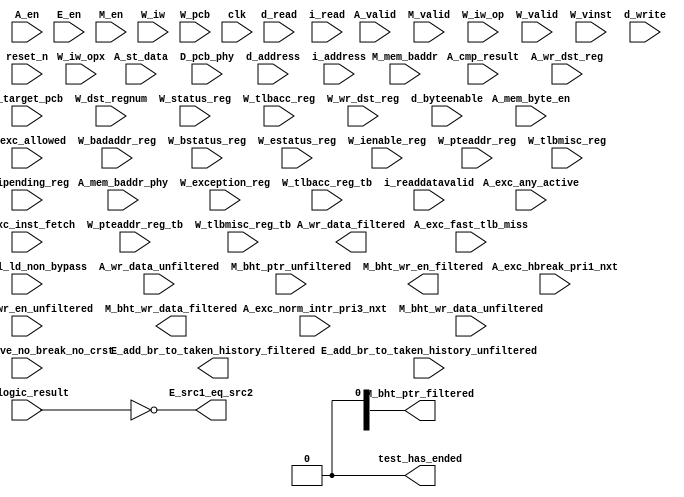
//Legal Notice: (C)2013 Altera Corporation. All rights reserved.  Your
//use of Altera Corporation's design tools, logic functions and other
//software and tools, and its AMPP partner logic functions, and any
//output files any of the foregoing (including device programming or
//simulation files), and any associated documentation or information are
//expressly subject to the terms and conditions of the Altera Program
//License Subscription Agreement or other applicable license agreement,
//including, without limitation, that your use is for the sole purpose
//of programming logic devices manufactured by Altera and sold by Altera
//or its authorized distributors.  Please refer to the applicable
//agreement for further details.

// synthesis translate_off
`timescale 1ns / 1ps
// synthesis translate_on

// turn off superfluous verilog processor warnings 
// altera message_level Level1 
// altera message_off 10034 10035 10036 10037 10230 10240 10030 

module qsys_cpu_test_bench (
                             // inputs:
                              A_cmp_result,
                              A_ctrl_ld_non_bypass,
                              A_en,
                              A_exc_active_no_break_no_crst,
                              A_exc_any_active,
                              A_exc_fast_tlb_miss,
                              A_exc_hbreak_pri1_nxt,
                              A_exc_inst_fetch,
                              A_exc_norm_intr_pri3_nxt,
                              A_mem_baddr_phy,
                              A_mem_byte_en,
                              A_st_data,
                              A_valid,
                              A_wr_data_unfiltered,
                              A_wr_dst_reg,
                              D_pcb_phy,
                              E_add_br_to_taken_history_unfiltered,
                              E_en,
                              E_logic_result,
                              M_bht_ptr_unfiltered,
                              M_bht_wr_data_unfiltered,
                              M_bht_wr_en_unfiltered,
                              M_en,
                              M_exc_allowed,
                              M_mem_baddr,
                              M_target_pcb,
                              M_valid,
                              W_badaddr_reg,
                              W_bstatus_reg,
                              W_dst_regnum,
                              W_estatus_reg,
                              W_exception_reg,
                              W_ienable_reg,
                              W_ipending_reg,
                              W_iw,
                              W_iw_op,
                              W_iw_opx,
                              W_pcb,
                              W_pteaddr_reg,
                              W_pteaddr_reg_tb,
                              W_status_reg,
                              W_tlbacc_reg,
                              W_tlbacc_reg_tb,
                              W_tlbmisc_reg,
                              W_tlbmisc_reg_tb,
                              W_valid,
                              W_vinst,
                              W_wr_dst_reg,
                              clk,
                              d_address,
                              d_byteenable,
                              d_read,
                              d_write,
                              i_address,
                              i_read,
                              i_readdatavalid,
                              reset_n,

                             // outputs:
                              A_wr_data_filtered,
                              E_add_br_to_taken_history_filtered,
                              E_src1_eq_src2,
                              M_bht_ptr_filtered,
                              M_bht_wr_data_filtered,
                              M_bht_wr_en_filtered,
                              test_has_ended
                           )
;

  output  [ 31: 0] A_wr_data_filtered;
  output           E_add_br_to_taken_history_filtered;
  output           E_src1_eq_src2;
  output  [  7: 0] M_bht_ptr_filtered;
  output  [  1: 0] M_bht_wr_data_filtered;
  output           M_bht_wr_en_filtered;
  output           test_has_ended;
  input            A_cmp_result;
  input            A_ctrl_ld_non_bypass;
  input            A_en;
  input            A_exc_active_no_break_no_crst;
  input            A_exc_any_active;
  input            A_exc_fast_tlb_miss;
  input            A_exc_hbreak_pri1_nxt;
  input            A_exc_inst_fetch;
  input            A_exc_norm_intr_pri3_nxt;
  input   [ 27: 0] A_mem_baddr_phy;
  input   [  3: 0] A_mem_byte_en;
  input   [ 31: 0] A_st_data;
  input            A_valid;
  input   [ 31: 0] A_wr_data_unfiltered;
  input            A_wr_dst_reg;
  input   [ 27: 0] D_pcb_phy;
  input            E_add_br_to_taken_history_unfiltered;
  input            E_en;
  input   [ 31: 0] E_logic_result;
  input   [  7: 0] M_bht_ptr_unfiltered;
  input   [  1: 0] M_bht_wr_data_unfiltered;
  input            M_bht_wr_en_unfiltered;
  input            M_en;
  input            M_exc_allowed;
  input   [ 31: 0] M_mem_baddr;
  input   [ 31: 0] M_target_pcb;
  input            M_valid;
  input   [ 31: 0] W_badaddr_reg;
  input   [ 31: 0] W_bstatus_reg;
  input   [  4: 0] W_dst_regnum;
  input   [ 31: 0] W_estatus_reg;
  input   [ 31: 0] W_exception_reg;
  input   [ 31: 0] W_ienable_reg;
  input   [ 31: 0] W_ipending_reg;
  input   [ 31: 0] W_iw;
  input   [  5: 0] W_iw_op;
  input   [  5: 0] W_iw_opx;
  input   [ 31: 0] W_pcb;
  input   [ 31: 0] W_pteaddr_reg;
  input   [ 31: 0] W_pteaddr_reg_tb;
  input   [ 31: 0] W_status_reg;
  input   [ 31: 0] W_tlbacc_reg;
  input   [ 31: 0] W_tlbacc_reg_tb;
  input   [ 31: 0] W_tlbmisc_reg;
  input   [ 31: 0] W_tlbmisc_reg_tb;
  input            W_valid;
  input   [ 55: 0] W_vinst;
  input            W_wr_dst_reg;
  input            clk;
  input   [ 27: 0] d_address;
  input   [  3: 0] d_byteenable;
  input            d_read;
  input            d_write;
  input   [ 27: 0] i_address;
  input            i_read;
  input            i_readdatavalid;
  input            reset_n;

  wire             A_iw_invalid;
  reg     [ 31: 0] A_mem_baddr;
  reg     [ 27: 0] A_pcb_phy;
  reg     [ 31: 0] A_target_pcb;
  reg              A_valid_crst;
  reg              A_valid_hbreak;
  reg              A_valid_intr;
  wire    [ 31: 0] A_wr_data_filtered;
  wire             A_wr_data_unfiltered_0_is_x;
  wire             A_wr_data_unfiltered_10_is_x;
  wire             A_wr_data_unfiltered_11_is_x;
  wire             A_wr_data_unfiltered_12_is_x;
  wire             A_wr_data_unfiltered_13_is_x;
  wire             A_wr_data_unfiltered_14_is_x;
  wire             A_wr_data_unfiltered_15_is_x;
  wire             A_wr_data_unfiltered_16_is_x;
  wire             A_wr_data_unfiltered_17_is_x;
  wire             A_wr_data_unfiltered_18_is_x;
  wire             A_wr_data_unfiltered_19_is_x;
  wire             A_wr_data_unfiltered_1_is_x;
  wire             A_wr_data_unfiltered_20_is_x;
  wire             A_wr_data_unfiltered_21_is_x;
  wire             A_wr_data_unfiltered_22_is_x;
  wire             A_wr_data_unfiltered_23_is_x;
  wire             A_wr_data_unfiltered_24_is_x;
  wire             A_wr_data_unfiltered_25_is_x;
  wire             A_wr_data_unfiltered_26_is_x;
  wire             A_wr_data_unfiltered_27_is_x;
  wire             A_wr_data_unfiltered_28_is_x;
  wire             A_wr_data_unfiltered_29_is_x;
  wire             A_wr_data_unfiltered_2_is_x;
  wire             A_wr_data_unfiltered_30_is_x;
  wire             A_wr_data_unfiltered_31_is_x;
  wire             A_wr_data_unfiltered_3_is_x;
  wire             A_wr_data_unfiltered_4_is_x;
  wire             A_wr_data_unfiltered_5_is_x;
  wire             A_wr_data_unfiltered_6_is_x;
  wire             A_wr_data_unfiltered_7_is_x;
  wire             A_wr_data_unfiltered_8_is_x;
  wire             A_wr_data_unfiltered_9_is_x;
  wire             E_add_br_to_taken_history_filtered;
  wire             E_add_br_to_taken_history_unfiltered_is_x;
  reg     [ 27: 0] E_pcb_phy /* synthesis ALTERA_IP_DEBUG_VISIBLE = 1 */;
  wire             E_src1_eq_src2;
  wire    [  7: 0] M_bht_ptr_filtered;
  wire             M_bht_ptr_unfiltered_0_is_x;
  wire             M_bht_ptr_unfiltered_1_is_x;
  wire             M_bht_ptr_unfiltered_2_is_x;
  wire             M_bht_ptr_unfiltered_3_is_x;
  wire             M_bht_ptr_unfiltered_4_is_x;
  wire             M_bht_ptr_unfiltered_5_is_x;
  wire             M_bht_ptr_unfiltered_6_is_x;
  wire             M_bht_ptr_unfiltered_7_is_x;
  wire    [  1: 0] M_bht_wr_data_filtered;
  wire             M_bht_wr_data_unfiltered_0_is_x;
  wire             M_bht_wr_data_unfiltered_1_is_x;
  wire             M_bht_wr_en_filtered;
  wire             M_bht_wr_en_unfiltered_is_x;
  reg     [ 27: 0] M_pcb_phy;
  reg              W_cmp_result;
  reg              W_exc_any_active;
  reg              W_exc_fast_tlb_miss;
  reg              W_iw_invalid;
  reg     [ 31: 0] W_mem_baddr;
  reg     [ 27: 0] W_mem_baddr_phy;
  reg     [  3: 0] W_mem_byte_en;
  wire             W_op_add;
  wire             W_op_addi;
  wire             W_op_and;
  wire             W_op_andhi;
  wire             W_op_andi;
  wire             W_op_beq;
  wire             W_op_bge;
  wire             W_op_bgeu;
  wire             W_op_blt;
  wire             W_op_bltu;
  wire             W_op_bne;
  wire             W_op_br;
  wire             W_op_break;
  wire             W_op_bret;
  wire             W_op_call;
  wire             W_op_callr;
  wire             W_op_cmpeq;
  wire             W_op_cmpeqi;
  wire             W_op_cmpge;
  wire             W_op_cmpgei;
  wire             W_op_cmpgeu;
  wire             W_op_cmpgeui;
  wire             W_op_cmplt;
  wire             W_op_cmplti;
  wire             W_op_cmpltu;
  wire             W_op_cmpltui;
  wire             W_op_cmpne;
  wire             W_op_cmpnei;
  wire             W_op_crst;
  wire             W_op_custom;
  wire             W_op_div;
  wire             W_op_divu;
  wire             W_op_eret;
  wire             W_op_flushd;
  wire             W_op_flushda;
  wire             W_op_flushi;
  wire             W_op_flushp;
  wire             W_op_hbreak;
  wire             W_op_initd;
  wire             W_op_initda;
  wire             W_op_initi;
  wire             W_op_intr;
  wire             W_op_jmp;
  wire             W_op_jmpi;
  wire             W_op_ldb;
  wire             W_op_ldbio;
  wire             W_op_ldbu;
  wire             W_op_ldbuio;
  wire             W_op_ldh;
  wire             W_op_ldhio;
  wire             W_op_ldhu;
  wire             W_op_ldhuio;
  wire             W_op_ldl;
  wire             W_op_ldw;
  wire             W_op_ldwio;
  wire             W_op_mul;
  wire             W_op_muli;
  wire             W_op_mulxss;
  wire             W_op_mulxsu;
  wire             W_op_mulxuu;
  wire             W_op_nextpc;
  wire             W_op_nor;
  wire             W_op_opx;
  wire             W_op_or;
  wire             W_op_orhi;
  wire             W_op_ori;
  wire             W_op_rdctl;
  wire             W_op_rdprs;
  wire             W_op_ret;
  wire             W_op_rol;
  wire             W_op_roli;
  wire             W_op_ror;
  wire             W_op_rsv02;
  wire             W_op_rsv09;
  wire             W_op_rsv10;
  wire             W_op_rsv17;
  wire             W_op_rsv18;
  wire             W_op_rsv25;
  wire             W_op_rsv26;
  wire             W_op_rsv33;
  wire             W_op_rsv34;
  wire             W_op_rsv41;
  wire             W_op_rsv42;
  wire             W_op_rsv49;
  wire             W_op_rsv57;
  wire             W_op_rsv61;
  wire             W_op_rsv62;
  wire             W_op_rsv63;
  wire             W_op_rsvx00;
  wire             W_op_rsvx10;
  wire             W_op_rsvx15;
  wire             W_op_rsvx17;
  wire             W_op_rsvx21;
  wire             W_op_rsvx25;
  wire             W_op_rsvx33;
  wire             W_op_rsvx34;
  wire             W_op_rsvx35;
  wire             W_op_rsvx42;
  wire             W_op_rsvx43;
  wire             W_op_rsvx44;
  wire             W_op_rsvx47;
  wire             W_op_rsvx50;
  wire             W_op_rsvx51;
  wire             W_op_rsvx55;
  wire             W_op_rsvx56;
  wire             W_op_rsvx60;
  wire             W_op_rsvx63;
  wire             W_op_sll;
  wire             W_op_slli;
  wire             W_op_sra;
  wire             W_op_srai;
  wire             W_op_srl;
  wire             W_op_srli;
  wire             W_op_stb;
  wire             W_op_stbio;
  wire             W_op_stc;
  wire             W_op_sth;
  wire             W_op_sthio;
  wire             W_op_stw;
  wire             W_op_stwio;
  wire             W_op_sub;
  wire             W_op_sync;
  wire             W_op_trap;
  wire             W_op_wrctl;
  wire             W_op_wrprs;
  wire             W_op_xor;
  wire             W_op_xorhi;
  wire             W_op_xori;
  reg     [ 27: 0] W_pcb_phy;
  reg     [ 31: 0] W_st_data;
  reg     [ 31: 0] W_target_pcb;
  reg              W_valid_crst;
  reg              W_valid_exception_no_intr;
  reg              W_valid_hbreak;
  reg              W_valid_intr;
  reg     [ 31: 0] W_wr_data_filtered;
  wire             test_has_ended;
  assign W_op_call = W_iw_op == 0;
  assign W_op_jmpi = W_iw_op == 1;
  assign W_op_ldbu = W_iw_op == 3;
  assign W_op_addi = W_iw_op == 4;
  assign W_op_stb = W_iw_op == 5;
  assign W_op_br = W_iw_op == 6;
  assign W_op_ldb = W_iw_op == 7;
  assign W_op_cmpgei = W_iw_op == 8;
  assign W_op_ldhu = W_iw_op == 11;
  assign W_op_andi = W_iw_op == 12;
  assign W_op_sth = W_iw_op == 13;
  assign W_op_bge = W_iw_op == 14;
  assign W_op_ldh = W_iw_op == 15;
  assign W_op_cmplti = W_iw_op == 16;
  assign W_op_initda = W_iw_op == 19;
  assign W_op_ori = W_iw_op == 20;
  assign W_op_stw = W_iw_op == 21;
  assign W_op_blt = W_iw_op == 22;
  assign W_op_ldw = W_iw_op == 23;
  assign W_op_cmpnei = W_iw_op == 24;
  assign W_op_flushda = W_iw_op == 27;
  assign W_op_xori = W_iw_op == 28;
  assign W_op_stc = W_iw_op == 29;
  assign W_op_bne = W_iw_op == 30;
  assign W_op_ldl = W_iw_op == 31;
  assign W_op_cmpeqi = W_iw_op == 32;
  assign W_op_ldbuio = W_iw_op == 35;
  assign W_op_muli = W_iw_op == 36;
  assign W_op_stbio = W_iw_op == 37;
  assign W_op_beq = W_iw_op == 38;
  assign W_op_ldbio = W_iw_op == 39;
  assign W_op_cmpgeui = W_iw_op == 40;
  assign W_op_ldhuio = W_iw_op == 43;
  assign W_op_andhi = W_iw_op == 44;
  assign W_op_sthio = W_iw_op == 45;
  assign W_op_bgeu = W_iw_op == 46;
  assign W_op_ldhio = W_iw_op == 47;
  assign W_op_cmpltui = W_iw_op == 48;
  assign W_op_initd = W_iw_op == 51;
  assign W_op_orhi = W_iw_op == 52;
  assign W_op_stwio = W_iw_op == 53;
  assign W_op_bltu = W_iw_op == 54;
  assign W_op_ldwio = W_iw_op == 55;
  assign W_op_rdprs = W_iw_op == 56;
  assign W_op_flushd = W_iw_op == 59;
  assign W_op_xorhi = W_iw_op == 60;
  assign W_op_rsv02 = W_iw_op == 2;
  assign W_op_rsv09 = W_iw_op == 9;
  assign W_op_rsv10 = W_iw_op == 10;
  assign W_op_rsv17 = W_iw_op == 17;
  assign W_op_rsv18 = W_iw_op == 18;
  assign W_op_rsv25 = W_iw_op == 25;
  assign W_op_rsv26 = W_iw_op == 26;
  assign W_op_rsv33 = W_iw_op == 33;
  assign W_op_rsv34 = W_iw_op == 34;
  assign W_op_rsv41 = W_iw_op == 41;
  assign W_op_rsv42 = W_iw_op == 42;
  assign W_op_rsv49 = W_iw_op == 49;
  assign W_op_rsv57 = W_iw_op == 57;
  assign W_op_rsv61 = W_iw_op == 61;
  assign W_op_rsv62 = W_iw_op == 62;
  assign W_op_rsv63 = W_iw_op == 63;
  assign W_op_eret = W_op_opx & (W_iw_opx == 1);
  assign W_op_roli = W_op_opx & (W_iw_opx == 2);
  assign W_op_rol = W_op_opx & (W_iw_opx == 3);
  assign W_op_flushp = W_op_opx & (W_iw_opx == 4);
  assign W_op_ret = W_op_opx & (W_iw_opx == 5);
  assign W_op_nor = W_op_opx & (W_iw_opx == 6);
  assign W_op_mulxuu = W_op_opx & (W_iw_opx == 7);
  assign W_op_cmpge = W_op_opx & (W_iw_opx == 8);
  assign W_op_bret = W_op_opx & (W_iw_opx == 9);
  assign W_op_ror = W_op_opx & (W_iw_opx == 11);
  assign W_op_flushi = W_op_opx & (W_iw_opx == 12);
  assign W_op_jmp = W_op_opx & (W_iw_opx == 13);
  assign W_op_and = W_op_opx & (W_iw_opx == 14);
  assign W_op_cmplt = W_op_opx & (W_iw_opx == 16);
  assign W_op_slli = W_op_opx & (W_iw_opx == 18);
  assign W_op_sll = W_op_opx & (W_iw_opx == 19);
  assign W_op_wrprs = W_op_opx & (W_iw_opx == 20);
  assign W_op_or = W_op_opx & (W_iw_opx == 22);
  assign W_op_mulxsu = W_op_opx & (W_iw_opx == 23);
  assign W_op_cmpne = W_op_opx & (W_iw_opx == 24);
  assign W_op_srli = W_op_opx & (W_iw_opx == 26);
  assign W_op_srl = W_op_opx & (W_iw_opx == 27);
  assign W_op_nextpc = W_op_opx & (W_iw_opx == 28);
  assign W_op_callr = W_op_opx & (W_iw_opx == 29);
  assign W_op_xor = W_op_opx & (W_iw_opx == 30);
  assign W_op_mulxss = W_op_opx & (W_iw_opx == 31);
  assign W_op_cmpeq = W_op_opx & (W_iw_opx == 32);
  assign W_op_divu = W_op_opx & (W_iw_opx == 36);
  assign W_op_div = W_op_opx & (W_iw_opx == 37);
  assign W_op_rdctl = W_op_opx & (W_iw_opx == 38);
  assign W_op_mul = W_op_opx & (W_iw_opx == 39);
  assign W_op_cmpgeu = W_op_opx & (W_iw_opx == 40);
  assign W_op_initi = W_op_opx & (W_iw_opx == 41);
  assign W_op_trap = W_op_opx & (W_iw_opx == 45);
  assign W_op_wrctl = W_op_opx & (W_iw_opx == 46);
  assign W_op_cmpltu = W_op_opx & (W_iw_opx == 48);
  assign W_op_add = W_op_opx & (W_iw_opx == 49);
  assign W_op_break = W_op_opx & (W_iw_opx == 52);
  assign W_op_hbreak = W_op_opx & (W_iw_opx == 53);
  assign W_op_sync = W_op_opx & (W_iw_opx == 54);
  assign W_op_sub = W_op_opx & (W_iw_opx == 57);
  assign W_op_srai = W_op_opx & (W_iw_opx == 58);
  assign W_op_sra = W_op_opx & (W_iw_opx == 59);
  assign W_op_intr = W_op_opx & (W_iw_opx == 61);
  assign W_op_crst = W_op_opx & (W_iw_opx == 62);
  assign W_op_rsvx00 = W_op_opx & (W_iw_opx == 0);
  assign W_op_rsvx10 = W_op_opx & (W_iw_opx == 10);
  assign W_op_rsvx15 = W_op_opx & (W_iw_opx == 15);
  assign W_op_rsvx17 = W_op_opx & (W_iw_opx == 17);
  assign W_op_rsvx21 = W_op_opx & (W_iw_opx == 21);
  assign W_op_rsvx25 = W_op_opx & (W_iw_opx == 25);
  assign W_op_rsvx33 = W_op_opx & (W_iw_opx == 33);
  assign W_op_rsvx34 = W_op_opx & (W_iw_opx == 34);
  assign W_op_rsvx35 = W_op_opx & (W_iw_opx == 35);
  assign W_op_rsvx42 = W_op_opx & (W_iw_opx == 42);
  assign W_op_rsvx43 = W_op_opx & (W_iw_opx == 43);
  assign W_op_rsvx44 = W_op_opx & (W_iw_opx == 44);
  assign W_op_rsvx47 = W_op_opx & (W_iw_opx == 47);
  assign W_op_rsvx50 = W_op_opx & (W_iw_opx == 50);
  assign W_op_rsvx51 = W_op_opx & (W_iw_opx == 51);
  assign W_op_rsvx55 = W_op_opx & (W_iw_opx == 55);
  assign W_op_rsvx56 = W_op_opx & (W_iw_opx == 56);
  assign W_op_rsvx60 = W_op_opx & (W_iw_opx == 60);
  assign W_op_rsvx63 = W_op_opx & (W_iw_opx == 63);
  assign W_op_opx = W_iw_op == 58;
  assign W_op_custom = W_iw_op == 50;
  assign A_iw_invalid = A_exc_inst_fetch & A_exc_active_no_break_no_crst;
  always @(posedge clk or negedge reset_n)
    begin
      if (reset_n == 0)
          W_iw_invalid <= 0;
      else 
        W_iw_invalid <= A_iw_invalid;
    end


  always @(posedge clk or negedge reset_n)
    begin
      if (reset_n == 0)
          A_target_pcb <= 0;
      else if (A_en)
          A_target_pcb <= M_target_pcb;
    end


  always @(posedge clk or negedge reset_n)
    begin
      if (reset_n == 0)
          A_mem_baddr <= 0;
      else if (A_en)
          A_mem_baddr <= M_mem_baddr;
    end


  always @(posedge clk or negedge reset_n)
    begin
      if (reset_n == 0)
          W_wr_data_filtered <= 0;
      else 
        W_wr_data_filtered <= A_wr_data_filtered;
    end


  always @(posedge clk or negedge reset_n)
    begin
      if (reset_n == 0)
          W_mem_baddr <= 0;
      else 
        W_mem_baddr <= A_mem_baddr;
    end


  always @(posedge clk or negedge reset_n)
    begin
      if (reset_n == 0)
          W_st_data <= 0;
      else 
        W_st_data <= A_st_data;
    end


  always @(posedge clk or negedge reset_n)
    begin
      if (reset_n == 0)
          W_mem_byte_en <= 0;
      else 
        W_mem_byte_en <= A_mem_byte_en;
    end


  always @(posedge clk or negedge reset_n)
    begin
      if (reset_n == 0)
          W_cmp_result <= 0;
      else 
        W_cmp_result <= A_cmp_result;
    end


  always @(posedge clk or negedge reset_n)
    begin
      if (reset_n == 0)
          W_target_pcb <= 0;
      else 
        W_target_pcb <= A_target_pcb;
    end


  always @(posedge clk or negedge reset_n)
    begin
      if (reset_n == 0)
          A_valid_hbreak <= 0;
      else if (A_en)
          A_valid_hbreak <= M_exc_allowed & A_exc_hbreak_pri1_nxt;
    end


  always @(posedge clk or negedge reset_n)
    begin
      if (reset_n == 0)
          W_valid_hbreak <= 0;
      else 
        W_valid_hbreak <= A_valid_hbreak;
    end


  always @(posedge clk or negedge reset_n)
    begin
      if (reset_n == 0)
          A_valid_crst <= 0;
      else if (A_en)
          A_valid_crst <= M_exc_allowed & 0;
    end


  always @(posedge clk or negedge reset_n)
    begin
      if (reset_n == 0)
          W_valid_crst <= 0;
      else 
        W_valid_crst <= A_valid_crst;
    end


  always @(posedge clk or negedge reset_n)
    begin
      if (reset_n == 0)
          A_valid_intr <= 0;
      else if (A_en)
          A_valid_intr <= M_exc_allowed & A_exc_norm_intr_pri3_nxt;
    end


  always @(posedge clk or negedge reset_n)
    begin
      if (reset_n == 0)
          W_valid_intr <= 0;
      else 
        W_valid_intr <= A_valid_intr;
    end


  always @(posedge clk or negedge reset_n)
    begin
      if (reset_n == 0)
          W_valid_exception_no_intr <= 0;
      else 
        W_valid_exception_no_intr <= A_exc_active_no_break_no_crst & ~A_valid_intr;
    end


  always @(posedge clk or negedge reset_n)
    begin
      if (reset_n == 0)
          W_exc_any_active <= 0;
      else 
        W_exc_any_active <= A_exc_any_active;
    end


  always @(posedge clk or negedge reset_n)
    begin
      if (reset_n == 0)
          E_pcb_phy <= 0;
      else if (E_en)
          E_pcb_phy <= D_pcb_phy;
    end


  always @(posedge clk or negedge reset_n)
    begin
      if (reset_n == 0)
          M_pcb_phy <= 0;
      else if (M_en)
          M_pcb_phy <= E_pcb_phy;
    end


  always @(posedge clk or negedge reset_n)
    begin
      if (reset_n == 0)
          A_pcb_phy <= 0;
      else if (A_en)
          A_pcb_phy <= M_pcb_phy;
    end


  always @(posedge clk or negedge reset_n)
    begin
      if (reset_n == 0)
          W_pcb_phy <= 0;
      else 
        W_pcb_phy <= A_pcb_phy;
    end


  always @(posedge clk or negedge reset_n)
    begin
      if (reset_n == 0)
          W_exc_fast_tlb_miss <= 0;
      else 
        W_exc_fast_tlb_miss <= A_exc_fast_tlb_miss;
    end


  always @(posedge clk or negedge reset_n)
    begin
      if (reset_n == 0)
          W_mem_baddr_phy <= 0;
      else 
        W_mem_baddr_phy <= A_mem_baddr_phy;
    end


  assign E_src1_eq_src2 = E_logic_result == 0;
  assign test_has_ended = 1'b0;

//synthesis translate_off
//////////////// SIMULATION-ONLY CONTENTS
  //Clearing 'X' data bits
  assign A_wr_data_unfiltered_0_is_x = ^(A_wr_data_unfiltered[0]) === 1'bx;

  assign A_wr_data_filtered[0] = (A_wr_data_unfiltered_0_is_x & (A_ctrl_ld_non_bypass)) ? 1'b0 : A_wr_data_unfiltered[0];
  assign A_wr_data_unfiltered_1_is_x = ^(A_wr_data_unfiltered[1]) === 1'bx;
  assign A_wr_data_filtered[1] = (A_wr_data_unfiltered_1_is_x & (A_ctrl_ld_non_bypass)) ? 1'b0 : A_wr_data_unfiltered[1];
  assign A_wr_data_unfiltered_2_is_x = ^(A_wr_data_unfiltered[2]) === 1'bx;
  assign A_wr_data_filtered[2] = (A_wr_data_unfiltered_2_is_x & (A_ctrl_ld_non_bypass)) ? 1'b0 : A_wr_data_unfiltered[2];
  assign A_wr_data_unfiltered_3_is_x = ^(A_wr_data_unfiltered[3]) === 1'bx;
  assign A_wr_data_filtered[3] = (A_wr_data_unfiltered_3_is_x & (A_ctrl_ld_non_bypass)) ? 1'b0 : A_wr_data_unfiltered[3];
  assign A_wr_data_unfiltered_4_is_x = ^(A_wr_data_unfiltered[4]) === 1'bx;
  assign A_wr_data_filtered[4] = (A_wr_data_unfiltered_4_is_x & (A_ctrl_ld_non_bypass)) ? 1'b0 : A_wr_data_unfiltered[4];
  assign A_wr_data_unfiltered_5_is_x = ^(A_wr_data_unfiltered[5]) === 1'bx;
  assign A_wr_data_filtered[5] = (A_wr_data_unfiltered_5_is_x & (A_ctrl_ld_non_bypass)) ? 1'b0 : A_wr_data_unfiltered[5];
  assign A_wr_data_unfiltered_6_is_x = ^(A_wr_data_unfiltered[6]) === 1'bx;
  assign A_wr_data_filtered[6] = (A_wr_data_unfiltered_6_is_x & (A_ctrl_ld_non_bypass)) ? 1'b0 : A_wr_data_unfiltered[6];
  assign A_wr_data_unfiltered_7_is_x = ^(A_wr_data_unfiltered[7]) === 1'bx;
  assign A_wr_data_filtered[7] = (A_wr_data_unfiltered_7_is_x & (A_ctrl_ld_non_bypass)) ? 1'b0 : A_wr_data_unfiltered[7];
  assign A_wr_data_unfiltered_8_is_x = ^(A_wr_data_unfiltered[8]) === 1'bx;
  assign A_wr_data_filtered[8] = (A_wr_data_unfiltered_8_is_x & (A_ctrl_ld_non_bypass)) ? 1'b0 : A_wr_data_unfiltered[8];
  assign A_wr_data_unfiltered_9_is_x = ^(A_wr_data_unfiltered[9]) === 1'bx;
  assign A_wr_data_filtered[9] = (A_wr_data_unfiltered_9_is_x & (A_ctrl_ld_non_bypass)) ? 1'b0 : A_wr_data_unfiltered[9];
  assign A_wr_data_unfiltered_10_is_x = ^(A_wr_data_unfiltered[10]) === 1'bx;
  assign A_wr_data_filtered[10] = (A_wr_data_unfiltered_10_is_x & (A_ctrl_ld_non_bypass)) ? 1'b0 : A_wr_data_unfiltered[10];
  assign A_wr_data_unfiltered_11_is_x = ^(A_wr_data_unfiltered[11]) === 1'bx;
  assign A_wr_data_filtered[11] = (A_wr_data_unfiltered_11_is_x & (A_ctrl_ld_non_bypass)) ? 1'b0 : A_wr_data_unfiltered[11];
  assign A_wr_data_unfiltered_12_is_x = ^(A_wr_data_unfiltered[12]) === 1'bx;
  assign A_wr_data_filtered[12] = (A_wr_data_unfiltered_12_is_x & (A_ctrl_ld_non_bypass)) ? 1'b0 : A_wr_data_unfiltered[12];
  assign A_wr_data_unfiltered_13_is_x = ^(A_wr_data_unfiltered[13]) === 1'bx;
  assign A_wr_data_filtered[13] = (A_wr_data_unfiltered_13_is_x & (A_ctrl_ld_non_bypass)) ? 1'b0 : A_wr_data_unfiltered[13];
  assign A_wr_data_unfiltered_14_is_x = ^(A_wr_data_unfiltered[14]) === 1'bx;
  assign A_wr_data_filtered[14] = (A_wr_data_unfiltered_14_is_x & (A_ctrl_ld_non_bypass)) ? 1'b0 : A_wr_data_unfiltered[14];
  assign A_wr_data_unfiltered_15_is_x = ^(A_wr_data_unfiltered[15]) === 1'bx;
  assign A_wr_data_filtered[15] = (A_wr_data_unfiltered_15_is_x & (A_ctrl_ld_non_bypass)) ? 1'b0 : A_wr_data_unfiltered[15];
  assign A_wr_data_unfiltered_16_is_x = ^(A_wr_data_unfiltered[16]) === 1'bx;
  assign A_wr_data_filtered[16] = (A_wr_data_unfiltered_16_is_x & (A_ctrl_ld_non_bypass)) ? 1'b0 : A_wr_data_unfiltered[16];
  assign A_wr_data_unfiltered_17_is_x = ^(A_wr_data_unfiltered[17]) === 1'bx;
  assign A_wr_data_filtered[17] = (A_wr_data_unfiltered_17_is_x & (A_ctrl_ld_non_bypass)) ? 1'b0 : A_wr_data_unfiltered[17];
  assign A_wr_data_unfiltered_18_is_x = ^(A_wr_data_unfiltered[18]) === 1'bx;
  assign A_wr_data_filtered[18] = (A_wr_data_unfiltered_18_is_x & (A_ctrl_ld_non_bypass)) ? 1'b0 : A_wr_data_unfiltered[18];
  assign A_wr_data_unfiltered_19_is_x = ^(A_wr_data_unfiltered[19]) === 1'bx;
  assign A_wr_data_filtered[19] = (A_wr_data_unfiltered_19_is_x & (A_ctrl_ld_non_bypass)) ? 1'b0 : A_wr_data_unfiltered[19];
  assign A_wr_data_unfiltered_20_is_x = ^(A_wr_data_unfiltered[20]) === 1'bx;
  assign A_wr_data_filtered[20] = (A_wr_data_unfiltered_20_is_x & (A_ctrl_ld_non_bypass)) ? 1'b0 : A_wr_data_unfiltered[20];
  assign A_wr_data_unfiltered_21_is_x = ^(A_wr_data_unfiltered[21]) === 1'bx;
  assign A_wr_data_filtered[21] = (A_wr_data_unfiltered_21_is_x & (A_ctrl_ld_non_bypass)) ? 1'b0 : A_wr_data_unfiltered[21];
  assign A_wr_data_unfiltered_22_is_x = ^(A_wr_data_unfiltered[22]) === 1'bx;
  assign A_wr_data_filtered[22] = (A_wr_data_unfiltered_22_is_x & (A_ctrl_ld_non_bypass)) ? 1'b0 : A_wr_data_unfiltered[22];
  assign A_wr_data_unfiltered_23_is_x = ^(A_wr_data_unfiltered[23]) === 1'bx;
  assign A_wr_data_filtered[23] = (A_wr_data_unfiltered_23_is_x & (A_ctrl_ld_non_bypass)) ? 1'b0 : A_wr_data_unfiltered[23];
  assign A_wr_data_unfiltered_24_is_x = ^(A_wr_data_unfiltered[24]) === 1'bx;
  assign A_wr_data_filtered[24] = (A_wr_data_unfiltered_24_is_x & (A_ctrl_ld_non_bypass)) ? 1'b0 : A_wr_data_unfiltered[24];
  assign A_wr_data_unfiltered_25_is_x = ^(A_wr_data_unfiltered[25]) === 1'bx;
  assign A_wr_data_filtered[25] = (A_wr_data_unfiltered_25_is_x & (A_ctrl_ld_non_bypass)) ? 1'b0 : A_wr_data_unfiltered[25];
  assign A_wr_data_unfiltered_26_is_x = ^(A_wr_data_unfiltered[26]) === 1'bx;
  assign A_wr_data_filtered[26] = (A_wr_data_unfiltered_26_is_x & (A_ctrl_ld_non_bypass)) ? 1'b0 : A_wr_data_unfiltered[26];
  assign A_wr_data_unfiltered_27_is_x = ^(A_wr_data_unfiltered[27]) === 1'bx;
  assign A_wr_data_filtered[27] = (A_wr_data_unfiltered_27_is_x & (A_ctrl_ld_non_bypass)) ? 1'b0 : A_wr_data_unfiltered[27];
  assign A_wr_data_unfiltered_28_is_x = ^(A_wr_data_unfiltered[28]) === 1'bx;
  assign A_wr_data_filtered[28] = (A_wr_data_unfiltered_28_is_x & (A_ctrl_ld_non_bypass)) ? 1'b0 : A_wr_data_unfiltered[28];
  assign A_wr_data_unfiltered_29_is_x = ^(A_wr_data_unfiltered[29]) === 1'bx;
  assign A_wr_data_filtered[29] = (A_wr_data_unfiltered_29_is_x & (A_ctrl_ld_non_bypass)) ? 1'b0 : A_wr_data_unfiltered[29];
  assign A_wr_data_unfiltered_30_is_x = ^(A_wr_data_unfiltered[30]) === 1'bx;
  assign A_wr_data_filtered[30] = (A_wr_data_unfiltered_30_is_x & (A_ctrl_ld_non_bypass)) ? 1'b0 : A_wr_data_unfiltered[30];
  assign A_wr_data_unfiltered_31_is_x = ^(A_wr_data_unfiltered[31]) === 1'bx;
  assign A_wr_data_filtered[31] = (A_wr_data_unfiltered_31_is_x & (A_ctrl_ld_non_bypass)) ? 1'b0 : A_wr_data_unfiltered[31];
  //Clearing 'X' data bits
  assign E_add_br_to_taken_history_unfiltered_is_x = ^(E_add_br_to_taken_history_unfiltered) === 1'bx;

  assign E_add_br_to_taken_history_filtered = E_add_br_to_taken_history_unfiltered_is_x ? 1'b0 : E_add_br_to_taken_history_unfiltered;
  //Clearing 'X' data bits
  assign M_bht_wr_en_unfiltered_is_x = ^(M_bht_wr_en_unfiltered) === 1'bx;

  assign M_bht_wr_en_filtered = M_bht_wr_en_unfiltered_is_x ? 1'b0 : M_bht_wr_en_unfiltered;
  //Clearing 'X' data bits
  assign M_bht_wr_data_unfiltered_0_is_x = ^(M_bht_wr_data_unfiltered[0]) === 1'bx;

  assign M_bht_wr_data_filtered[0] = M_bht_wr_data_unfiltered_0_is_x ? 1'b0 : M_bht_wr_data_unfiltered[0];
  assign M_bht_wr_data_unfiltered_1_is_x = ^(M_bht_wr_data_unfiltered[1]) === 1'bx;
  assign M_bht_wr_data_filtered[1] = M_bht_wr_data_unfiltered_1_is_x ? 1'b0 : M_bht_wr_data_unfiltered[1];
  //Clearing 'X' data bits
  assign M_bht_ptr_unfiltered_0_is_x = ^(M_bht_ptr_unfiltered[0]) === 1'bx;

  assign M_bht_ptr_filtered[0] = M_bht_ptr_unfiltered_0_is_x ? 1'b0 : M_bht_ptr_unfiltered[0];
  assign M_bht_ptr_unfiltered_1_is_x = ^(M_bht_ptr_unfiltered[1]) === 1'bx;
  assign M_bht_ptr_filtered[1] = M_bht_ptr_unfiltered_1_is_x ? 1'b0 : M_bht_ptr_unfiltered[1];
  assign M_bht_ptr_unfiltered_2_is_x = ^(M_bht_ptr_unfiltered[2]) === 1'bx;
  assign M_bht_ptr_filtered[2] = M_bht_ptr_unfiltered_2_is_x ? 1'b0 : M_bht_ptr_unfiltered[2];
  assign M_bht_ptr_unfiltered_3_is_x = ^(M_bht_ptr_unfiltered[3]) === 1'bx;
  assign M_bht_ptr_filtered[3] = M_bht_ptr_unfiltered_3_is_x ? 1'b0 : M_bht_ptr_unfiltered[3];
  assign M_bht_ptr_unfiltered_4_is_x = ^(M_bht_ptr_unfiltered[4]) === 1'bx;
  assign M_bht_ptr_filtered[4] = M_bht_ptr_unfiltered_4_is_x ? 1'b0 : M_bht_ptr_unfiltered[4];
  assign M_bht_ptr_unfiltered_5_is_x = ^(M_bht_ptr_unfiltered[5]) === 1'bx;
  assign M_bht_ptr_filtered[5] = M_bht_ptr_unfiltered_5_is_x ? 1'b0 : M_bht_ptr_unfiltered[5];
  assign M_bht_ptr_unfiltered_6_is_x = ^(M_bht_ptr_unfiltered[6]) === 1'bx;
  assign M_bht_ptr_filtered[6] = M_bht_ptr_unfiltered_6_is_x ? 1'b0 : M_bht_ptr_unfiltered[6];
  assign M_bht_ptr_unfiltered_7_is_x = ^(M_bht_ptr_unfiltered[7]) === 1'bx;
  assign M_bht_ptr_filtered[7] = M_bht_ptr_unfiltered_7_is_x ? 1'b0 : M_bht_ptr_unfiltered[7];
  always @(posedge clk)
    begin
      if (reset_n)
          if (^(W_wr_dst_reg) === 1'bx)
            begin
              $write("%0d ns: ERROR: qsys_cpu_test_bench/W_wr_dst_reg is 'x'\n", $time);
              $stop;
            end
    end


  always @(posedge clk or negedge reset_n)
    begin
      if (reset_n == 0)
        begin
        end
      else if (W_wr_dst_reg)
          if (^(W_dst_regnum) === 1'bx)
            begin
              $write("%0d ns: ERROR: qsys_cpu_test_bench/W_dst_regnum is 'x'\n", $time);
              $stop;
            end
    end


  always @(posedge clk)
    begin
      if (reset_n)
          if (^(W_valid) === 1'bx)
            begin
              $write("%0d ns: ERROR: qsys_cpu_test_bench/W_valid is 'x'\n", $time);
              $stop;
            end
    end


  always @(posedge clk or negedge reset_n)
    begin
      if (reset_n == 0)
        begin
        end
      else if (W_valid)
          if (^(W_pcb) === 1'bx)
            begin
              $write("%0d ns: ERROR: qsys_cpu_test_bench/W_pcb is 'x'\n", $time);
              $stop;
            end
    end


  always @(posedge clk or negedge reset_n)
    begin
      if (reset_n == 0)
        begin
        end
      else if (W_valid)
          if (^(W_iw) === 1'bx)
            begin
              $write("%0d ns: ERROR: qsys_cpu_test_bench/W_iw is 'x'\n", $time);
              $stop;
            end
    end


  always @(posedge clk)
    begin
      if (reset_n)
          if (^(A_en) === 1'bx)
            begin
              $write("%0d ns: ERROR: qsys_cpu_test_bench/A_en is 'x'\n", $time);
              $stop;
            end
    end


  always @(posedge clk)
    begin
      if (reset_n)
          if (^(M_valid) === 1'bx)
            begin
              $write("%0d ns: ERROR: qsys_cpu_test_bench/M_valid is 'x'\n", $time);
              $stop;
            end
    end


  always @(posedge clk)
    begin
      if (reset_n)
          if (^(A_valid) === 1'bx)
            begin
              $write("%0d ns: ERROR: qsys_cpu_test_bench/A_valid is 'x'\n", $time);
              $stop;
            end
    end


  always @(posedge clk or negedge reset_n)
    begin
      if (reset_n == 0)
        begin
        end
      else if (A_valid & A_en & A_wr_dst_reg)
          if (^(A_wr_data_unfiltered) === 1'bx)
            begin
              $write("%0d ns: WARNING: qsys_cpu_test_bench/A_wr_data_unfiltered is 'x'\n", $time);
            end
    end


  always @(posedge clk)
    begin
      if (reset_n)
          if (^(W_status_reg) === 1'bx)
            begin
              $write("%0d ns: ERROR: qsys_cpu_test_bench/W_status_reg is 'x'\n", $time);
              $stop;
            end
    end


  always @(posedge clk)
    begin
      if (reset_n)
          if (^(W_estatus_reg) === 1'bx)
            begin
              $write("%0d ns: ERROR: qsys_cpu_test_bench/W_estatus_reg is 'x'\n", $time);
              $stop;
            end
    end


  always @(posedge clk)
    begin
      if (reset_n)
          if (^(W_bstatus_reg) === 1'bx)
            begin
              $write("%0d ns: ERROR: qsys_cpu_test_bench/W_bstatus_reg is 'x'\n", $time);
              $stop;
            end
    end


  always @(posedge clk)
    begin
      if (reset_n)
          if (^(W_exception_reg) === 1'bx)
            begin
              $write("%0d ns: ERROR: qsys_cpu_test_bench/W_exception_reg is 'x'\n", $time);
              $stop;
            end
    end


  always @(posedge clk)
    begin
      if (reset_n)
          if (^(W_badaddr_reg) === 1'bx)
            begin
              $write("%0d ns: ERROR: qsys_cpu_test_bench/W_badaddr_reg is 'x'\n", $time);
              $stop;
            end
    end


  always @(posedge clk)
    begin
      if (reset_n)
          if (^(W_ienable_reg) === 1'bx)
            begin
              $write("%0d ns: ERROR: qsys_cpu_test_bench/W_ienable_reg is 'x'\n", $time);
              $stop;
            end
    end


  always @(posedge clk)
    begin
      if (reset_n)
          if (^(W_pteaddr_reg) === 1'bx)
            begin
              $write("%0d ns: ERROR: qsys_cpu_test_bench/W_pteaddr_reg is 'x'\n", $time);
              $stop;
            end
    end


  always @(posedge clk)
    begin
      if (reset_n)
          if (^(W_tlbacc_reg) === 1'bx)
            begin
              $write("%0d ns: ERROR: qsys_cpu_test_bench/W_tlbacc_reg is 'x'\n", $time);
              $stop;
            end
    end


  always @(posedge clk)
    begin
      if (reset_n)
          if (^(W_tlbmisc_reg) === 1'bx)
            begin
              $write("%0d ns: ERROR: qsys_cpu_test_bench/W_tlbmisc_reg is 'x'\n", $time);
              $stop;
            end
    end


  always @(posedge clk)
    begin
      if (reset_n)
          if (^(A_exc_any_active) === 1'bx)
            begin
              $write("%0d ns: ERROR: qsys_cpu_test_bench/A_exc_any_active is 'x'\n", $time);
              $stop;
            end
    end


  always @(posedge clk)
    begin
      if (reset_n)
          if (^(i_read) === 1'bx)
            begin
              $write("%0d ns: ERROR: qsys_cpu_test_bench/i_read is 'x'\n", $time);
              $stop;
            end
    end


  always @(posedge clk or negedge reset_n)
    begin
      if (reset_n == 0)
        begin
        end
      else if (i_read)
          if (^(i_address) === 1'bx)
            begin
              $write("%0d ns: ERROR: qsys_cpu_test_bench/i_address is 'x'\n", $time);
              $stop;
            end
    end


  always @(posedge clk)
    begin
      if (reset_n)
          if (^(i_readdatavalid) === 1'bx)
            begin
              $write("%0d ns: ERROR: qsys_cpu_test_bench/i_readdatavalid is 'x'\n", $time);
              $stop;
            end
    end


  always @(posedge clk)
    begin
      if (reset_n)
          if (^(d_write) === 1'bx)
            begin
              $write("%0d ns: ERROR: qsys_cpu_test_bench/d_write is 'x'\n", $time);
              $stop;
            end
    end


  always @(posedge clk or negedge reset_n)
    begin
      if (reset_n == 0)
        begin
        end
      else if (d_write)
          if (^(d_byteenable) === 1'bx)
            begin
              $write("%0d ns: ERROR: qsys_cpu_test_bench/d_byteenable is 'x'\n", $time);
              $stop;
            end
    end


  always @(posedge clk or negedge reset_n)
    begin
      if (reset_n == 0)
        begin
        end
      else if (d_write | d_read)
          if (^(d_address) === 1'bx)
            begin
              $write("%0d ns: ERROR: qsys_cpu_test_bench/d_address is 'x'\n", $time);
              $stop;
            end
    end


  always @(posedge clk)
    begin
      if (reset_n)
          if (^(d_read) === 1'bx)
            begin
              $write("%0d ns: ERROR: qsys_cpu_test_bench/d_read is 'x'\n", $time);
              $stop;
            end
    end


  
  reg [31:0] trace_handle; // for $fopen
  initial  
  begin
    trace_handle = $fopen("qsys_cpu.tr");
    $fwrite(trace_handle, "version 3\nnumThreads 1\n");
  end
  always @(posedge clk)
    begin
      if ((~reset_n || (W_valid || W_exc_any_active)) && ~test_has_ended)
          $fwrite(trace_handle, "%0d ns: %0h,%0h,%0h,%0h,%0h,%0h,%0h,%0h,%0h,%0h,%0h,%0h,%0h,%0h,%0h,%0h,%0h,%0h,%0h,%0h,%0h,%0h,%0h,%0h,%0h,%0h,%0h,%0h,%0h,%0h,%0h,%0h,%0h,%0h,%0h,%0h\n", $time, ~reset_n, W_pcb, 0, W_valid_intr, W_valid_hbreak, W_iw, ~W_iw_invalid, W_wr_dst_reg, W_dst_regnum, 0, W_wr_data_filtered, W_mem_baddr, W_st_data, W_mem_byte_en, W_cmp_result, W_target_pcb, W_status_reg, W_estatus_reg, W_bstatus_reg, W_ienable_reg, W_ipending_reg, W_exception_reg, W_pteaddr_reg_tb, W_tlbacc_reg_tb, W_tlbmisc_reg_tb, W_badaddr_reg, 0, 0, 0, W_pcb_phy, W_mem_baddr_phy, W_exc_fast_tlb_miss ? 2 : W_valid_exception_no_intr ? 1 : 0, 0, 0, 0, 0);
    end



//////////////// END SIMULATION-ONLY CONTENTS

//synthesis translate_on
//synthesis read_comments_as_HDL on
//  
//  assign A_wr_data_filtered = A_wr_data_unfiltered;
//
//  
//  assign E_add_br_to_taken_history_filtered = E_add_br_to_taken_history_unfiltered;
//
//  
//  assign M_bht_wr_en_filtered = M_bht_wr_en_unfiltered;
//
//  
//  assign M_bht_wr_data_filtered = M_bht_wr_data_unfiltered;
//
//  
//  assign M_bht_ptr_filtered = M_bht_ptr_unfiltered;
//
//synthesis read_comments_as_HDL off

endmodule